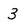
Character: 3